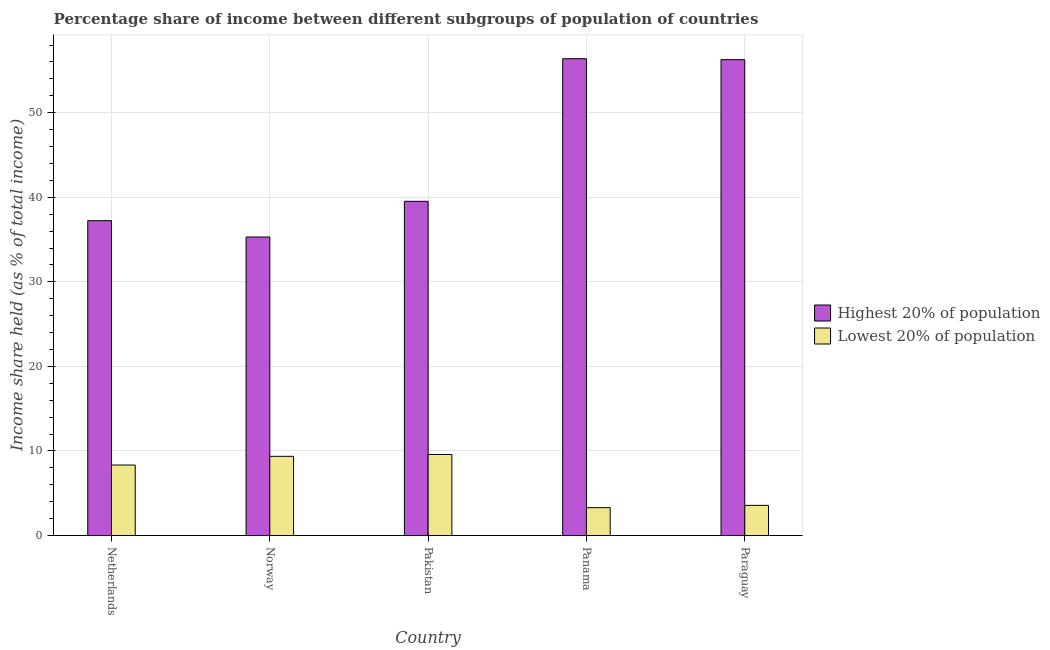
| Country | Highest 20% of population | Lowest 20% of population |
 | --- | --- | --- |
 | Netherlands | 37.2 | 8.34 |
 | Norway | 35.3 | 9.37 |
 | Pakistan | 39.5 | 9.59 |
 | Panama | 56.4 | 3.3 |
 | Paraguay | 56.3 | 3.57 |